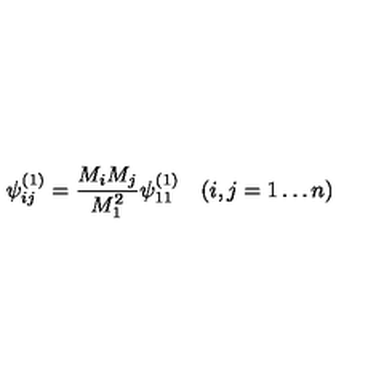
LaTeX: \psi _ { i j } ^ { ( 1 ) } = \frac { M _ { i } M _ { j } } { M _ { 1 } ^ { 2 } } \psi _ { 1 1 } ^ { ( 1 ) } \quad ( i , j = 1 \dots n )